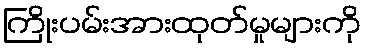
ကြိုးပမ်းအားထုတ်မှုများကို